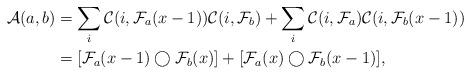
LaTeX: \begin{align*} \mathcal{A}(a, b) &= \sum_i \mathcal{C}(i, \mathcal{F}_a(x - 1))\mathcal{C}(i, \mathcal{F}_b) + \sum_i \mathcal{C}(i, \mathcal{F}_a)\mathcal{C}(i, \mathcal{F}_b(x - 1))\\ &= [\mathcal{F}_a(x - 1) \bigcirc \mathcal{F}_b(x)] + [\mathcal{F}_a(x) \bigcirc \mathcal{F}_b(x - 1)], \end{align*}